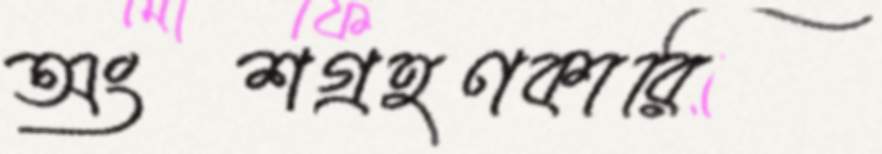
অংশগ্রহণকারি